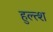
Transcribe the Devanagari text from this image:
हुल्त्श